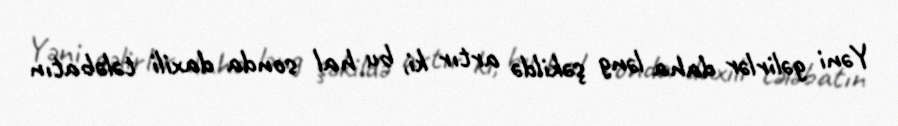
Yəni gəlirlər daha ləng şəkildə artır ki, bu hal sonda daxili tələbatın